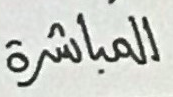
المباشرة